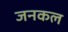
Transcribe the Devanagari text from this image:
जनकल